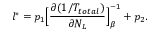
l ^ { * } = p _ { 1 } \Bigl [ \frac { \partial ( 1 / T _ { t o t a l } ) } { \partial N _ { L } } \Bigr ] _ { \beta } ^ { - 1 } + p _ { 2 } .